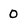
Character: O